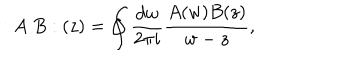
LaTeX: : A \; B : ( z ) = \oint { \frac { d w } { 2 \pi i } } { \frac { A ( w ) B ( z ) } { w - z } } ,